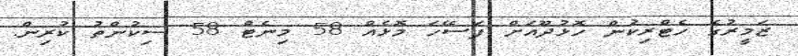
ޒަމީރުގެ ހެޓްރިކުން ހޮޅުދޫއަށް ފަސޭހަ މޮޅެއް 58 މިނެޓް 58 ސިކުންތު ކުރިން.